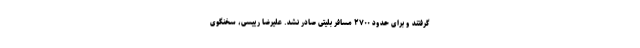
گرفتند و برای حدود ۲۷۰۰ مسافر بلیتی صادر نشد. علیرضا رییسی، سخنگوی